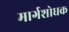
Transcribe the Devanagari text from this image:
मार्गशोधक